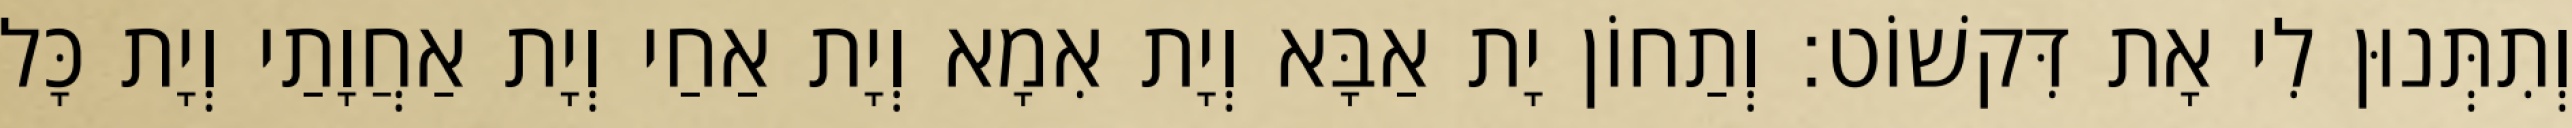
וְתִתְּנוּן לִי אָת דִּקשׁוֹט׃ וְתַחוֹן יָת אַבָּא וְיָת אִמָא וְיָת אַחַי וְיָת אַחֲוָתַי וְיָת כָּל